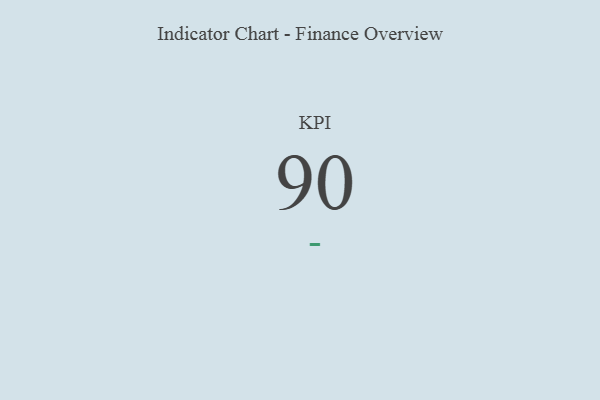
{"axis": {"x": "KPI", "y": "Value"}, "legend": [""], "data": [{"x": "KPI", "y": 90, "type": ""}]}